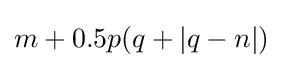
m+0.5p(q+|q-n|)